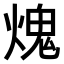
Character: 𤌋